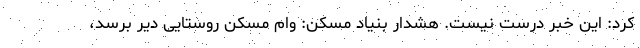
کرد: این خبر درست نیست. هشدار بنیاد مسکن: وام مسکن روستایی دیر برسد،